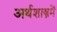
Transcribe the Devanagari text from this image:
अर्थशास्त्रमें